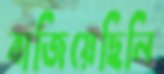
বাজিয়েছিলি